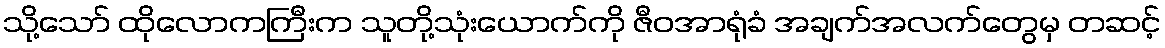
သို့သော် ထိုလောကကြီးက သူတို့သုံးယောက်ကို ဇီဝအာရုံခံ အချက်အလက်တွေမှ တဆင့်